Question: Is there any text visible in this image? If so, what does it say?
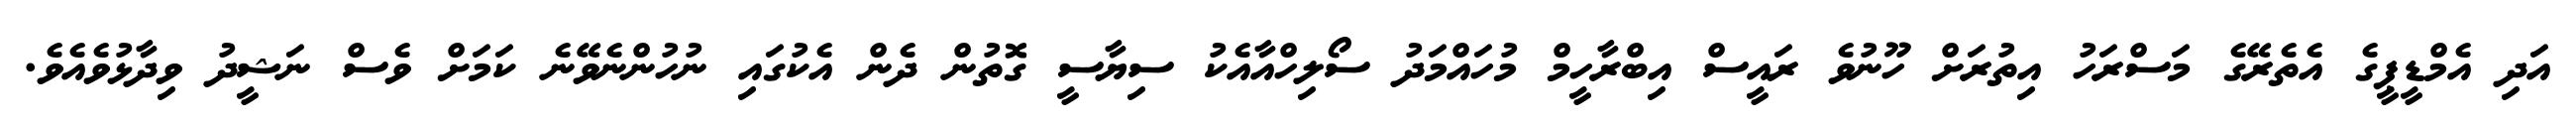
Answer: އަދި އެމްޑީޕީގެ އެތެރޭގެ މަސްރަހު އިތުރަށް ހޫނުވެ ރައީސް އިބްރާހީމް މުހައްމަދު ސޯލިހްއާއެކު ސިޔާސީ ގޮތުން ދެން އެކުގައި ނުހުންނެވޭނެ ކަމަށް ވެސް ނަޝީދު ވިދާޅުވެއެވެ.